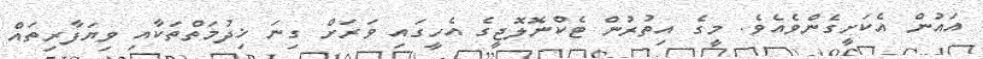
އައުން އެކަށީގެންވެއެވެ. މީގެ އިތުރުން ޓެކްނޮލޮޖީގެ އެހީގައި ވަރަށް ގިނަ ޚިދުމަތްތަކާއި ވިޔަފާރިތައް